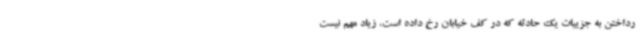
رداختن به جزییات یک حادثه که در کف خیابان رخ داده است، زیاد مهم نیست